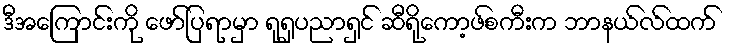
ဒီအကြောင်းကို ဖော်ပြရာမှာ ရုရှပညာရှင် ဆီရိုကော့ဖ်စကီးက ဘာနယ်လ်ထက်